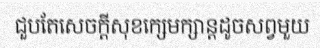
ជួបតែសេចក្តីសុខក្សេមក្សាន្តដូចសព្វមួយ